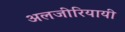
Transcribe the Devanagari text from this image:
अलजीरियायी